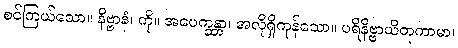
စင်ကြယ်သော။ နိဗ္ဗာနံ၊ ကို။ အပေက္ခန္တာ၊ အလိုရှိကုန်သော။ ပရိနိဗ္ဗာယိတုကာမာ၊